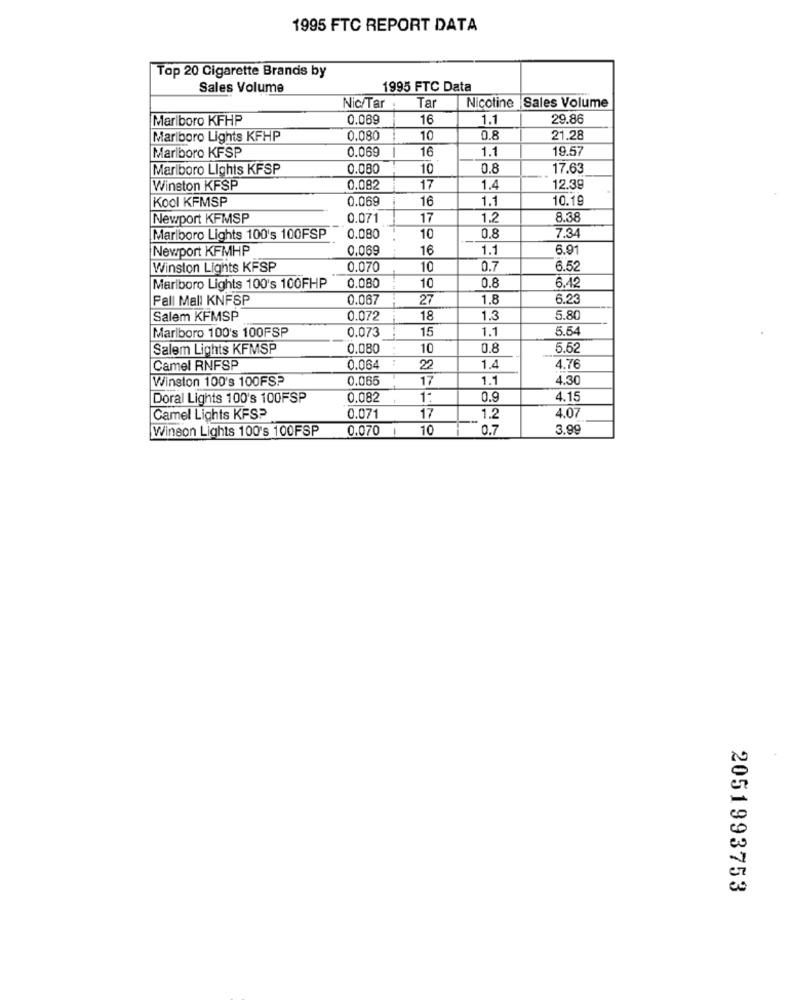
1995 FTC REPORT DATA
Top 20 Cigarette Brands by
Sales Volume
1995 FTC Data
Tar
Nic/Tar:
Nicotine Sales Volume
Marlboro KFHP
0.069
16
1.1
29.86
Marlboro Lights KFHP
0,080
10
0.8
21.28
Marlboro KFSP
0.069
16
1.1
19.57
Marlboro Lights KFSP
0.080
10
0.8
17.63
Winston KFSP
0.082
17
1.4
12.39
Kool KFMSP
0.069
1.1
10.19
16
Newport KFMSP
0.071
17
1.2
8.38
Marlboro Lights 100's 100FSP
0.080
10
0.8
7.3
Newport KFMHP
0.069
16
1.1
6.91
Winston Lights KFSP
0.070
10
0.7
6.52
0.8
Marlboro Lights 100's 100FHP
0.080
10
6.12
Pall Mall KNFSP
0.067
27
1.8
6.23
Salem KFMSP
0.072
18
1.3
5.80
Marlboro 100's 100FSP
0.073
15
1.1
5.54
Salem Lights KFMSP
0,080
10
0.8
5.52
Camel RNFSP
0.064
22
1.2
4.76
Winston 100's 100FSP
0.065
17
1.1
4.30
Doral Lights 100's 100FSP
0,082
1:
0.9
4.15
4.07
Camel Lights KFS?
0.071
17
1.2
Winson Lights 100's 100FSP
0.070
10
0.7
3.99
2051993753